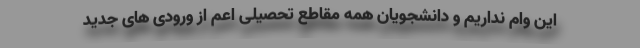
این وام نداریم و دانشجویان همه مقاطع تحصیلی اعم از ورودی های جدید